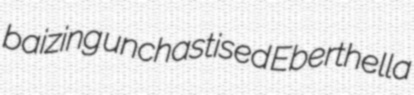
baizing unchastised Eberthella